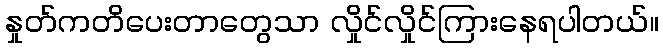
နှုတ်ကတိပေးတာတွေသာ လှိုင်လှိုင်ကြားနေရပါတယ်။